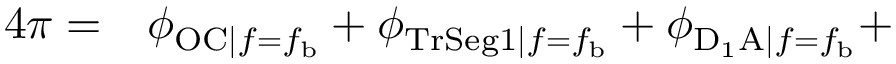
\begin{array} { r l } { 4 \pi = } & { { } \phi _ { \mathrm { O C } | f = f _ { \mathrm { b } } } + \phi _ { \mathrm { T r S e g 1 } | f = f _ { \mathrm { b } } } + \phi _ { \mathrm { D _ { 1 } A } | f = f _ { \mathrm { b } } } + } \end{array}